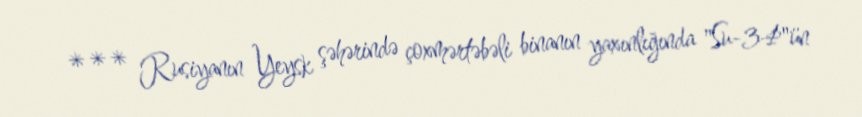
*** Rusiyanın Yeysk şəhərində çoxmərtəbəli binanın yaxınlığında "Su-34"ün